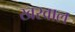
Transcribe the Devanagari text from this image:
खरवाल